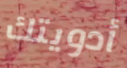
أدويتك